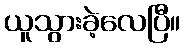
ယူသွားခဲ့လေပြီ။